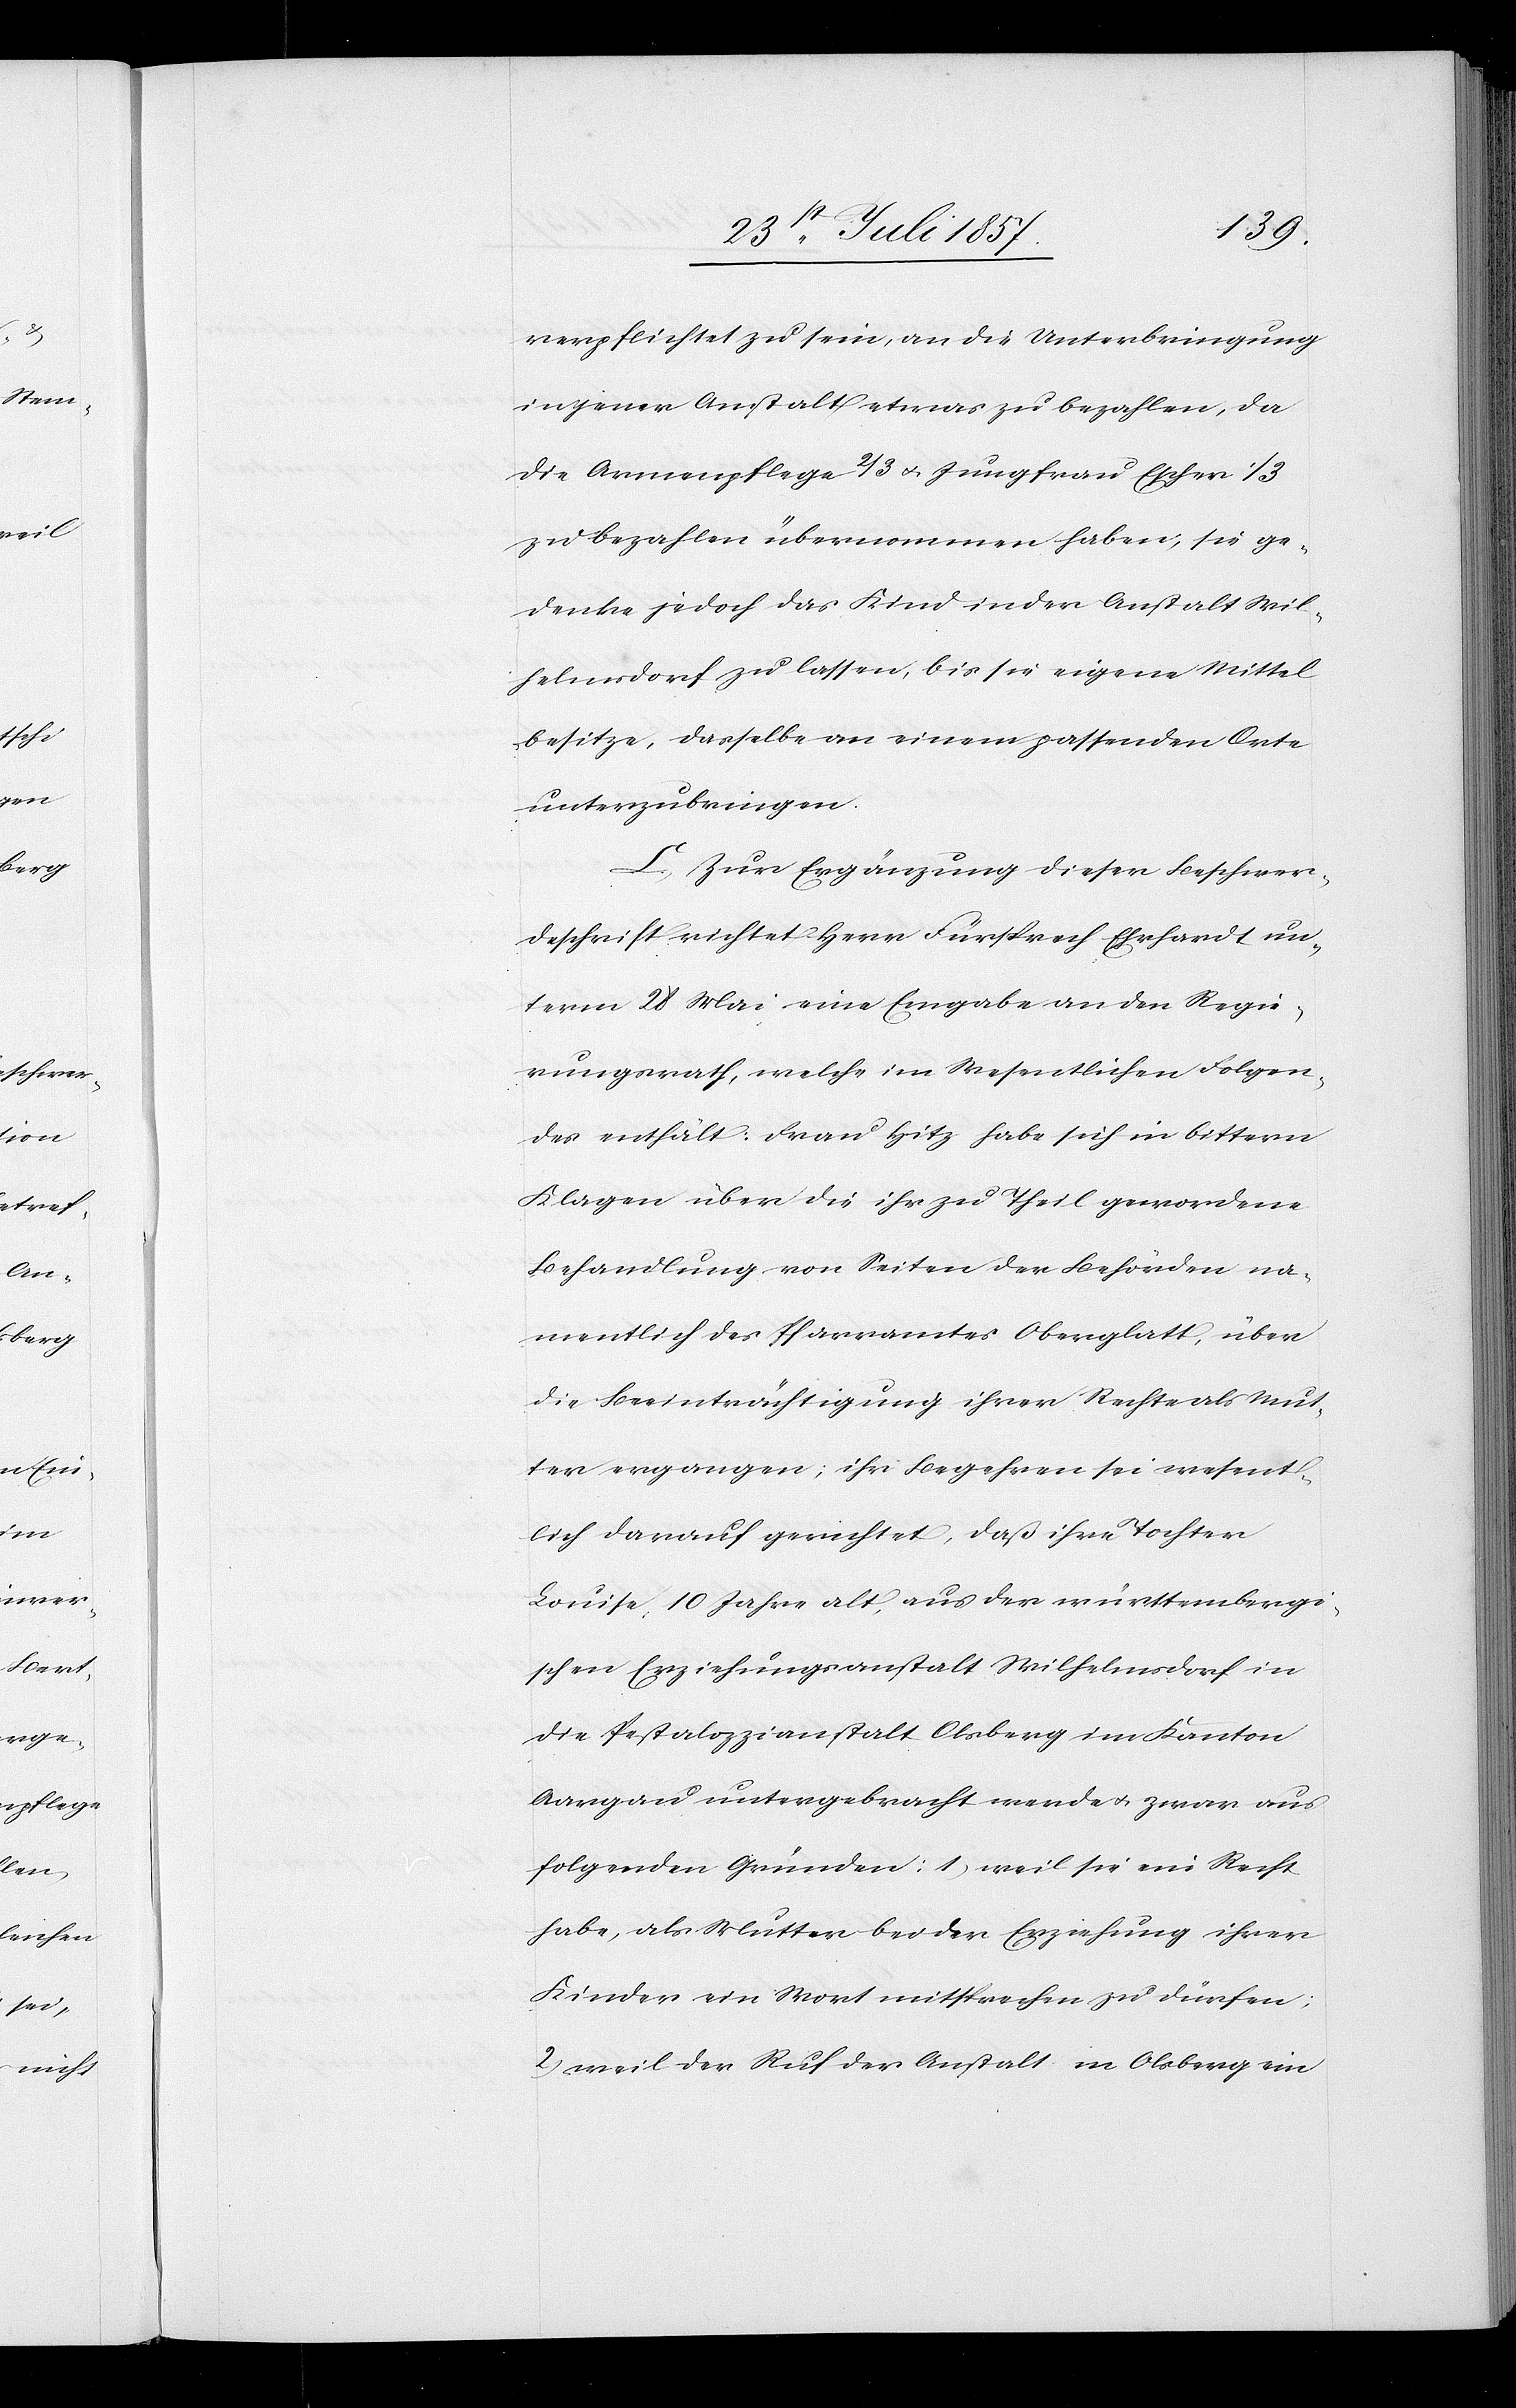
verpflichtet zu sein, an die Unterbringung
in jener Anstalt etwas zu bezahlen, da
die Armenpflege 2/3 & Jungfrau Escher 1/3
zu bezahlen übernommen haben, sie ge¬
denke jedoch das Kind in der Anstalt Wil¬
helmsdorf zu lassen, bis sie eigene Mittel
besitze, dasselbe an einen passenden Orte
unterzubringen.
C. Zur Ergänzung dieser Beschwer¬
deschrift richtet Herr Fürsprech Ehrhardt un¬
term 28 Mai eine Eingabe an den Regie¬
rungsrath, welche im Wesentlichen Folgen¬
des enthält: Frau Hitz habe sich in bittern
Klagen über die ihr zu Theil gewordene
Behandlung von Seiten der Behörden na¬
mentlich des Pfarramtes Oberglatt, über
die Beeinträchtigung ihrer Rechte als Mut¬
ter ergangen; ihr Begehren sei wesent¬
lich darauf gerichtet, daß ihre Tochter
Louise, 10 Jahre alt, aus der württembergi¬
schen Erziehungsanstalt Wilhelmsdorf in
die Pestalozzianstalt Olsberg im Kanton
Aargau untergebracht werde & zwar aus
folgenden Gründen: 1) weil sie ein Recht
habe, als Mutter bei der Erziehung ihrer
Kinder ein Wort mitsprechen zu dürfen;
2.) weil der Ruf der Anstalt im Olsberg ein